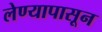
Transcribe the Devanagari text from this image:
लेण्यापासून